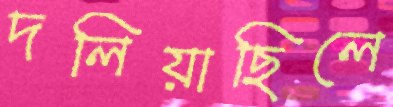
দলিয়াছিলে